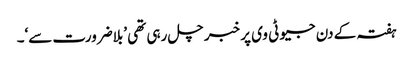
ہفتہ کے دن جیو ٹی وی پر خبر چل رہی تھی ’بلاضرورت سے‘۔